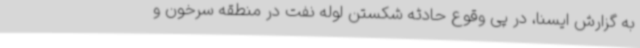
به گزارش ایسنا، در پی وقوع حادثه شکستن لوله نفت در منطقه سرخون و